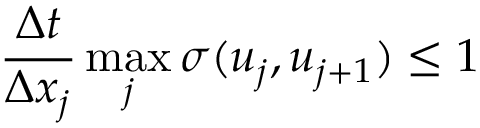
\frac { \Delta t } { \Delta x _ { j } } \operatorname* { m a x } _ { j } \sigma ( u _ { j } , u _ { j + 1 } ) \le 1